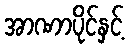
အာဏာပိုင်နှင့်